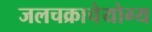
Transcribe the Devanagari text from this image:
जलचक्राचेयोग्य